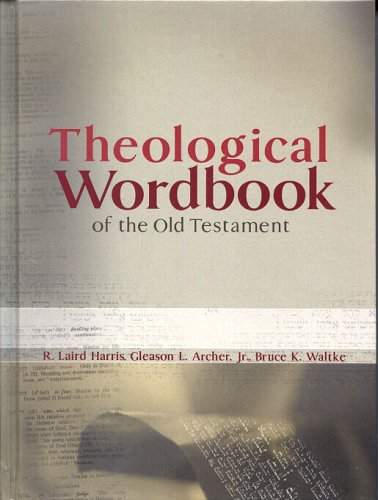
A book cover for Theological Wordbook of the Old Testament; R Laird Harris; Christian Books & Bibles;